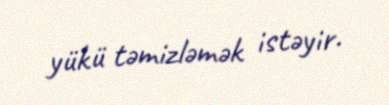
yükü təmizləmək istəyir.